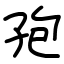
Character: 孢